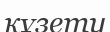
кұзету